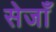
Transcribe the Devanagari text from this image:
सेजाँ